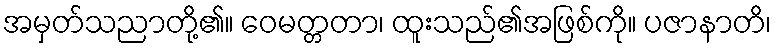
အမှတ်သညာတို့၏။ ဝေမတ္တတာ၊ ထူးသည်၏အဖြစ်ကို။ ပဇာနာတိ၊